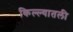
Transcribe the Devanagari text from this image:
किल्ल्यातली